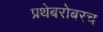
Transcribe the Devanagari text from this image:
प्रथेबरोबरच